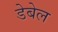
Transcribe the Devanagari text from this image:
डेबेल